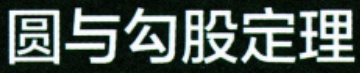
圆与勾股定理